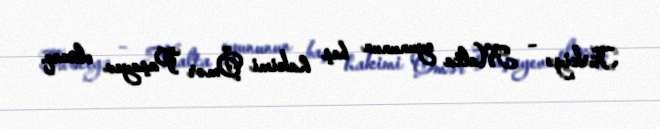
Türkiyə – Malta oyununun baş hakimi Ömər Paşayev olacaq.